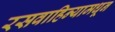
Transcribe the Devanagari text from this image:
रसवाहिन्यामधून